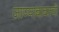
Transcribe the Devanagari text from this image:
जाण्याबाबतची